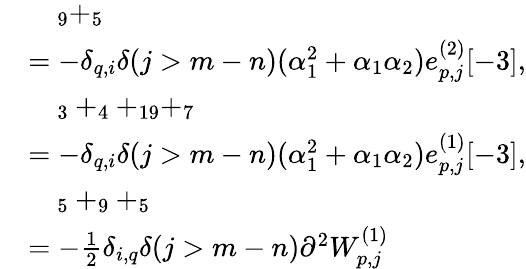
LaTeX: \begin{array}{rl}&{\quad_{9}+_{5}}\\ &{=-\delta_{q,i}\delta(j>m-n)(\alpha_{1}^{2}+\alpha_{1}\alpha_{2})e_{p,j}^{(2)}[-3],}\\ &{\quad_{3}+_{4}+_{19}+_{7}}\\ &{=-\delta_{q,i}\delta(j>m-n)(\alpha_{1}^{2}+\alpha_{1}\alpha_{2})e_{p,j}^{(1)}[-3],}\\ &{\quad_{5}+_{9}+_{5}}\\ &{=-\frac{1}{2}\delta_{i,q}\delta(j>m-n)\partial^{2}W_{p,j}^{(1)}}\end{array}